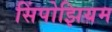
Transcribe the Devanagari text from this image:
सिंपोझियम